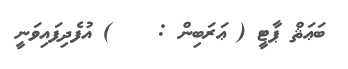
ބަޢަޘް ޕާޓީ ( ޢަރަބިން :    ) އުފެދިފައިވަނީ